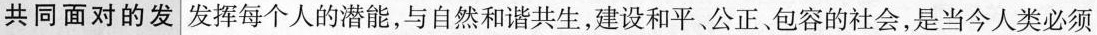
共同面对的发 发挥每个人的潜能，与自然和谐共生，建设和平、公正包容的社会，是当今人类必须